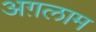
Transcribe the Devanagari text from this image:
अग़लाम